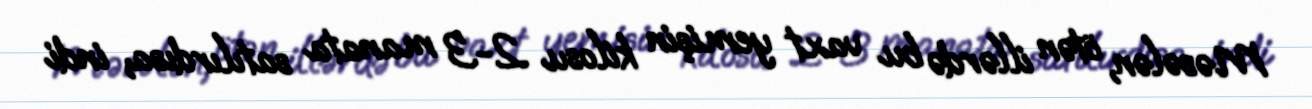
Məsələn, ötən illərdə bu vaxt yemişin kilosu 2-3 manata satılırdısa, indi